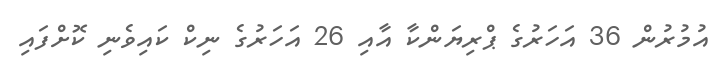
އުމުރުން 36 އަހަރުގެ ޕްރިޔަންކާ އާއި 26 އަހަރުގެ ނިކް ކައިވެނި ކޮށްފައި